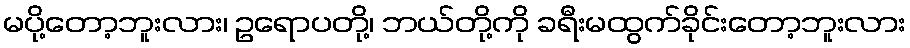
မပို့တော့ဘူးလား၊ ဥရောပတို့၊ ဘယ်တို့ကို ခရီးမထွက်ခိုင်းတော့ဘူးလား